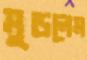
মুড়লেম